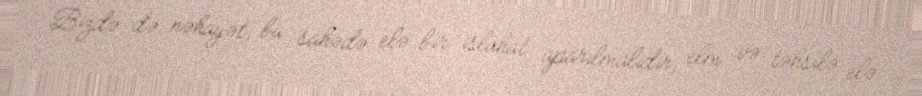
Bizdə də, nəhayət, bu sahədə elə bir islahat aparılmalıdır, elm və təhsilə elə